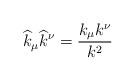
LaTeX: \begin{align*}\widehat{k}_{\mu }\widehat{k}^{\nu }=\frac{k_{\mu }k^{\nu }}{k^{2}}\end{align*}